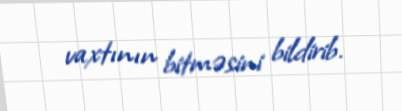
vaxtının bitməsini bildirib.